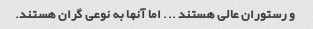
و رستوران عالی هستند ... اما آنها به نوعی گران هستند.